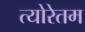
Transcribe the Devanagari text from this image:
त्योरेतम